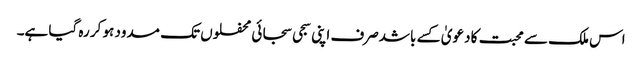
اس ملک سے محبت کا دعویٰ کسے باشدصرف اپنی سجی سجائی محفلوں تک مسدود ہو کر رہ گیا ہے۔